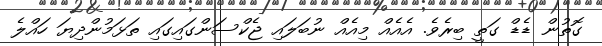
ގޮތުން ޑެޑް ގަތީ ބިރެވެ. އެއެއް މިއެއް ނުބަލައި ޖެކްސަންގައިގައި ތަޅަމުންދިޔަ ހައްލެ